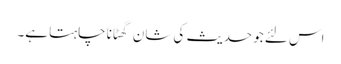
اس لئے جو حدیث کی شان گھٹانا چاہتا ہے۔